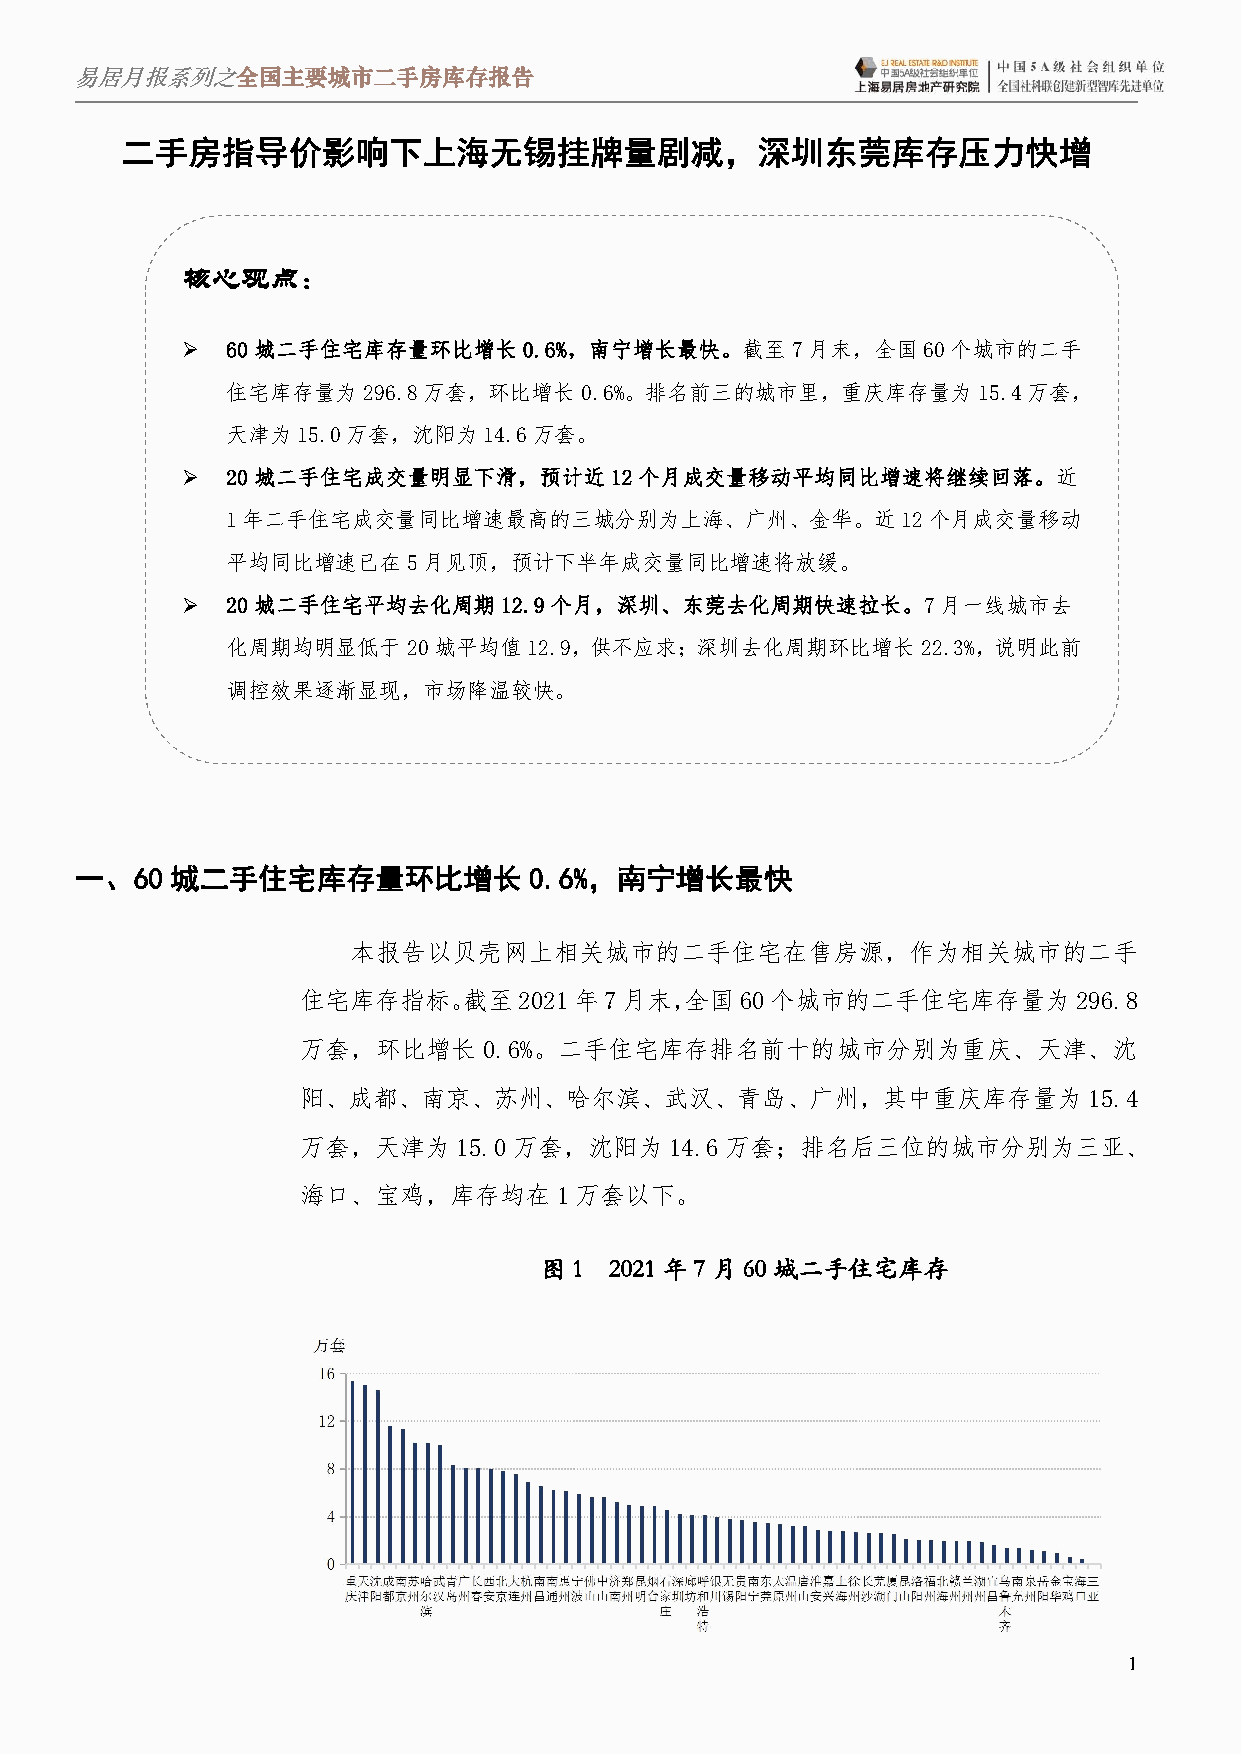
易居月报系列之全国主要城市二手房库存报告
 二手房指导价影响下上海无锡挂牌量剧减，深圳东莞库存压力快增
 核心观点：
   60城二手住宅库存量环比增长0.6%，南宁增长最快。截至7月末，全国60个城市的二手
 住宅库存量为296.8万套，环比增长0.6%。排名前三的城市里，重庆库存量为15.4万套，
 天津为15.0万套，沈阳为14.6万套。
   20城二手住宅成交量明显下滑，预计近12个月成交量移动平均同比增速将继续回落。近
 1年二手住宅成交量同比增速最高的三城分别为上海、广州、金华。近12个月成交量移动
 平均同比增速已在5月见顶，预计下半年成交量同比增速将放缓。
   20城二手住宅平均去化周期12.9个月，深圳、东莞去化周期快速拉长。7月一线城市去
 化周期均明显低于20城平均值12.9，供不应求；深圳去化周期环比增长22.3%，说明此前
 调控效果逐渐显现，市场降温较快。
 一、60  城二手住宅库存量环比增长            0.6%，南宁增长最快
 本报告以贝壳网上相关城市的二手住宅在售房源，作为相关城市的二手
 住宅库存指标。截至2021年7月末，全国60个城市的二手住宅库存量为296.8
 万套，环比增长     0.6%。二手住宅库存排名前十的城市分别为重庆、天津、沈
 阳、成都、南京、苏州、哈尔滨、武汉、青岛、广州，其中重庆库存量为                    15.4
 万套，天津为15.0万套，沈阳为14.6万套；排名后三位的城市分别为三亚、
 海口、宝鸡，库存均在1万套以下。
 图1  2021 年7 月60 城二手住宅库存
 1